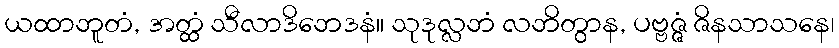
ယထာဘူတံ, အတ္ထံ သီလာဒိဘေဒနံ။ သုဒုလ္လဘံ လဘိတွာန, ပဗ္ဗဇ္ဇံ ဇိနသာသနေ၊